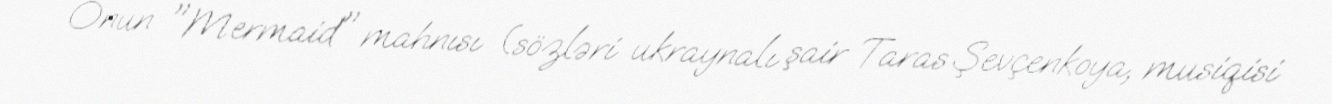
Onun "Mermaid" mahnısı (sözləri ukraynalı şair Taras Şevçenkoya, musiqisi